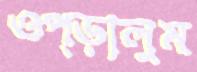
ওপ্‌ড়ালুম